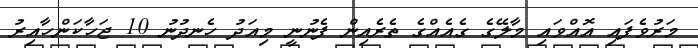
މަރުވެފައި އޮއްވައި މާލޭގެ ގެއެއްގެ ތެރެއިން ފެނުނީ މިއަދު ހެނދުނު 10 ޖަހާކަންހާއިރު